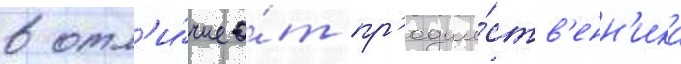
в отл'и́чие о́т пр'едше́ств'енн'ика